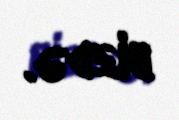
bizdə.